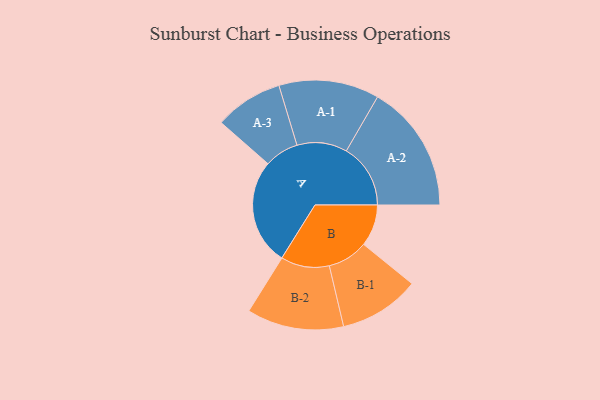
{"axis": {"x": "Segment", "y": "Value"}, "legend": ["", "A", "B"], "data": [{"x": "A", "y": 379, "type": ""}, {"x": "B", "y": 149, "type": ""}, {"x": "A-1", "y": 179, "type": "A"}, {"x": "A-2", "y": 229, "type": "A"}, {"x": "A-3", "y": 122, "type": "A"}, {"x": "B-1", "y": 144, "type": "B"}, {"x": "B-2", "y": 173, "type": "B"}]}